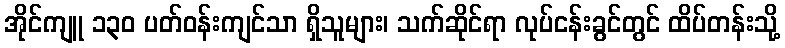
အိုင်ကျူ ၁၃၀ ပတ်ဝန်းကျင်သာ ရှိသူများ၊ သက်ဆိုင်ရာ လုပ်ငန်းခွင်တွင် ထိပ်တန်းသို့